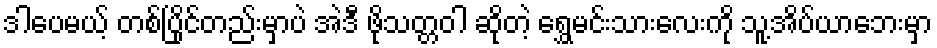
ဒါပေမယ့် တစ်ပြိုင်တည်းမှာပဲ အဲဒီ ဖိုသတ္တဝါ ဆိုတဲ့ ရွှေမင်းသားလေးကို သူ့အိပ်ယာဘေးမှာ